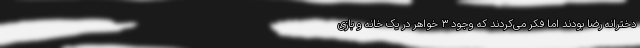
دخترانه رضا بودند اما فکر می‌کردند که وجود ۳ خواهر در یک خانه و بازی